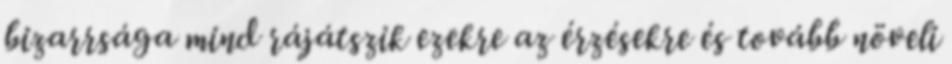
bizarrsága mind rájátszik ezekre az érzésekre és tovább növeli